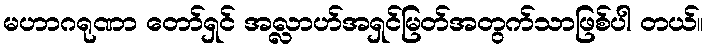
မဟာဂရုဏာ တော်ရှင် အလ္လာဟ်အရှင်မြတ်အတွက်သာဖြစ်ပါ တယ်။